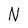
Character: N